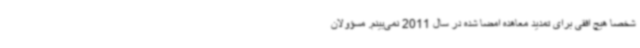
شخصا هیچ افقی برای تمدید معاهده امضا شده در سال 2011 نمی‌بینم. مسؤولان